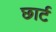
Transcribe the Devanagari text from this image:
छार्ट